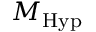
M _ { \mathrm { H y p } }